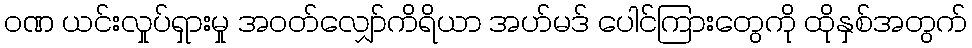
ဝဏ ယင်းလှုပ်ရှားမှု အဝတ်လျှော်ကိရိယာ အဟ်မဒ် ပေါင်ကြားတွေကို ထိုနှစ်အတွက်